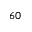
6 0